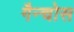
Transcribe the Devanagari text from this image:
गैन्चोस